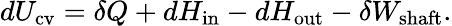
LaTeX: dU_{\mathrm{cv}}=\delta Q+dH_{\mathrm{in}}-dH_{\mathrm{out}}-\delta W_{\mathrm{shaft}}.